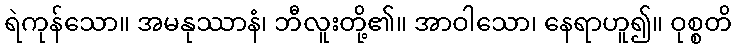
ရဲကုန်သော။ အမနုဿာနံ၊ ဘီလူးတို့၏။ အာဝါသော၊ နေရာဟူ၍။ ဝုစ္စတိ